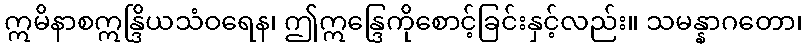
ဣမိနာစဣန္ဒြိယသံဝရေန၊ ဤဣန္ဒြေကိုစောင့်ခြင်းနှင့်လည်း။ သမန္နာဂတော၊